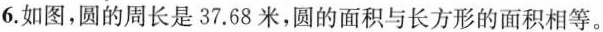
6.如图，圆的周长是37.68米，圆的面积与长方形的面积相等。